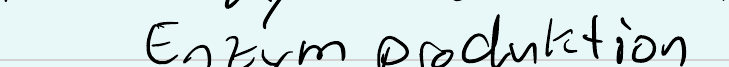
Enzym produktion